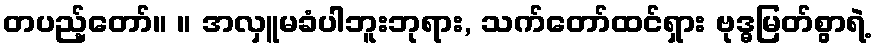
တပည့်တော်။ ။ အလှူမခံပါဘူးဘုရား, သက်တော်ထင်ရှား ဗုဒ္ဓမြတ်စွာရဲ့